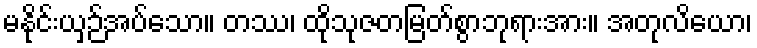
မနိုင်းယှဉ်အပ်သော။ တဿ၊ ထိုသုဇတမြတ်စွာဘုရားအား။ အတုလိယော၊